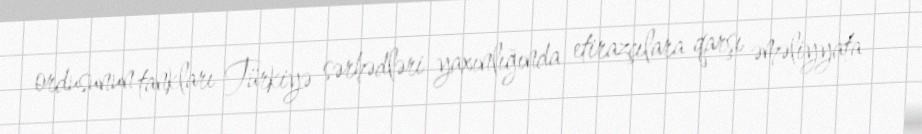
ordusunun tankları Türkiyə sərhədləri yaxınlığında etirazçılara qarşı əməliyyata